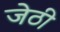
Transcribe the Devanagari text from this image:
जेठी